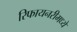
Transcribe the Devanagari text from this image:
रिफायनरीमध्ये